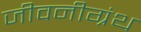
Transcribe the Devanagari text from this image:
जीवनीग्रंथ